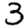
Digit: 3